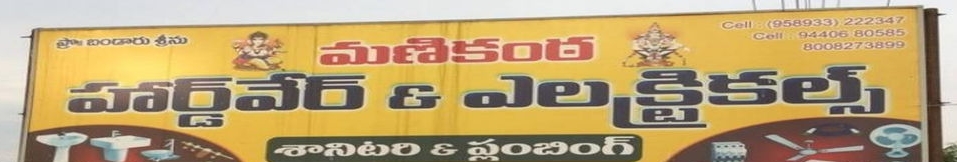
Language: telugu
Transcription: బండారు శ్రీను శానిటరి ప్లంబింగ్ మణికంఠ